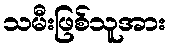
သမီးဖြစ်သူအား